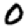
Digit: 0